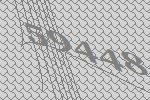
59448